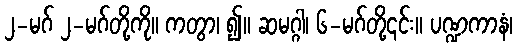
၂-မဂ် ၂-မဂ်တို့ကို။ ကတွာ၊ ၍။ ဆမဂ္ဂါ၊ ၆-မဂ်တို့၎င်း။ ပဏ္ဍကာနံ၊